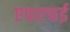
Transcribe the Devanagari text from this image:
एफएफई